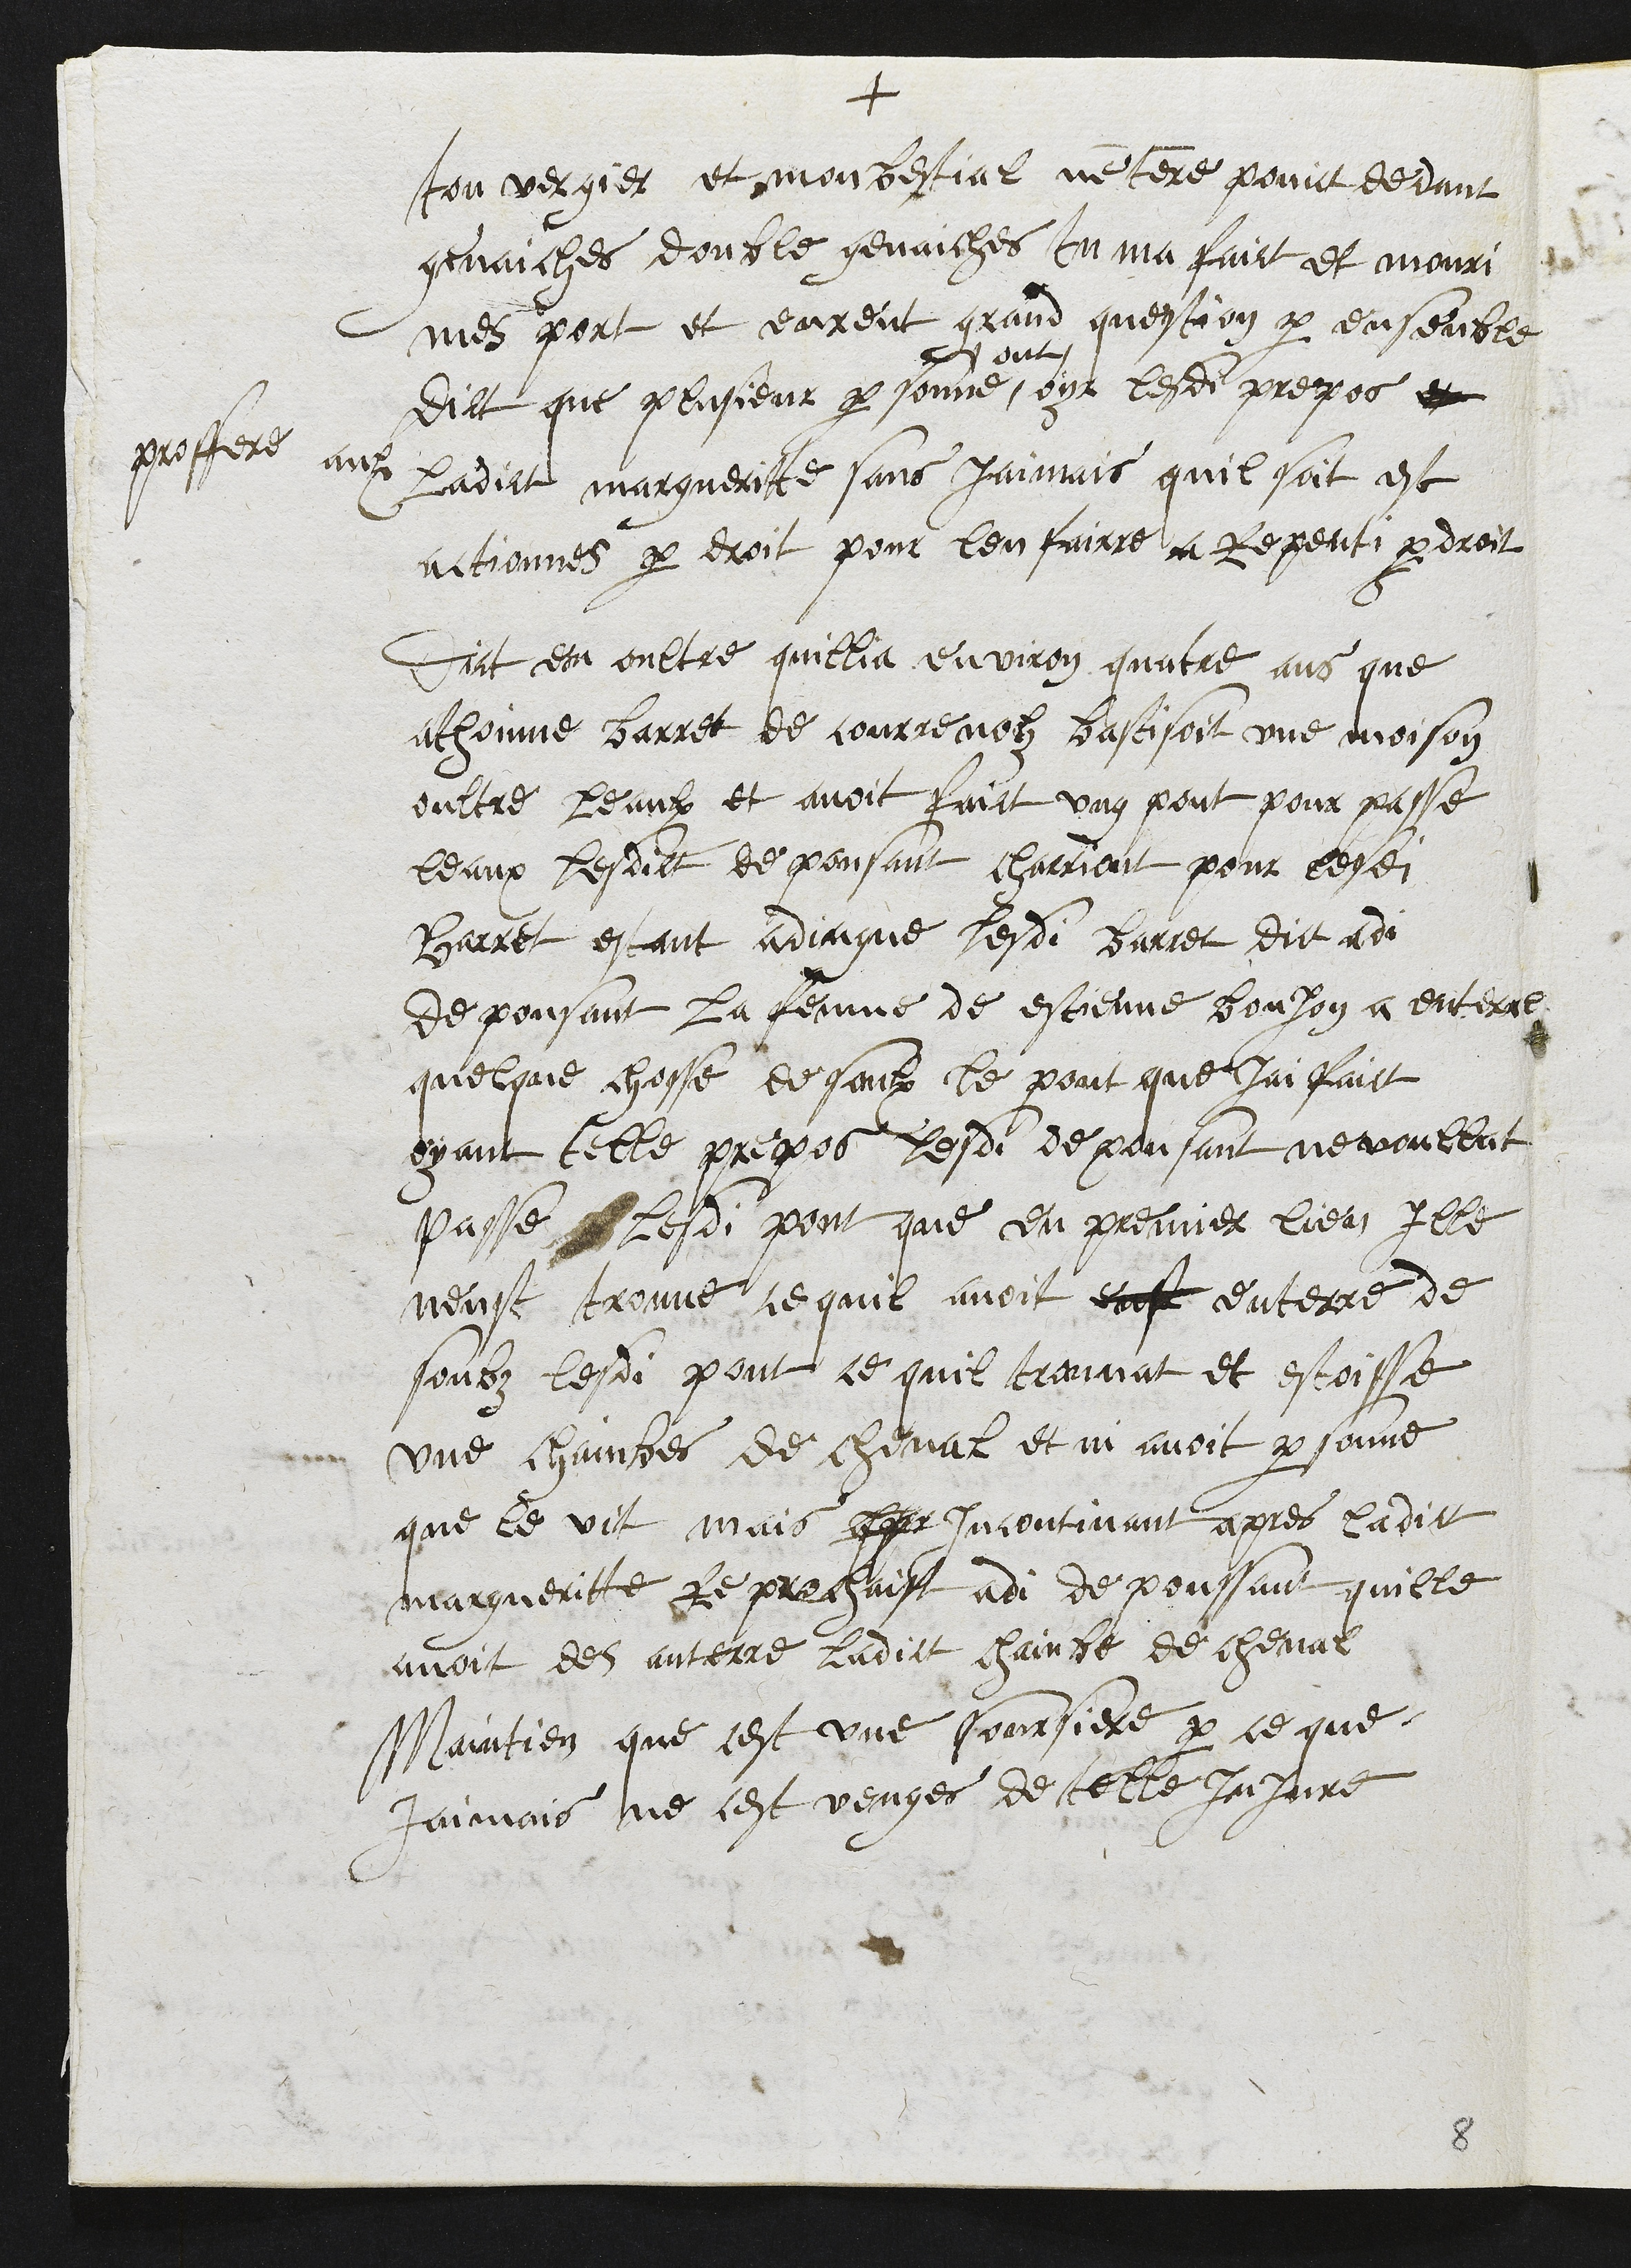
+
ton vergier et mon bestial nen tenre point dedant
genaiches double genaiches tu ma faict et mouri
mes port et eurent grand question par ensemble
dict que plusieur personne
ont
oyr lesdi propos et
proffere aulx ladicte margueritte sans jaimais quil soit est
actionnes par droit pour len fairre a repenti par droit
Dict en oultre quillia environ quatre ans que
athoine barret de Courrenolz bastisoit une moison
oultre leaulx et avoit faict ung pont pour passe
leaux lesdict depousant charriont pour lesdi
Barret estant adingne lesdi barret dict adi
depousant la femme de estienne bonjon a enterre
quelque chosse desaulx le pont que jai faict
oyant telle propos lesdi depousant ne voullut
passe lesdi pont que en premier lieu Ille
neust trouve ce quil avoit eust enterre de
soubz lesdi pour ce quil trouvat et estoisse
une chainbes de cheval et ni avoit personne
que le vit, mais apr incontinant apres ladict
margueritte reprochaist adi depoussant quille
avoit des anterre ladict chainbe de cheval
Maintien que cest une sourciere par ce que
jaimais ne cest venges de telle Injure

8